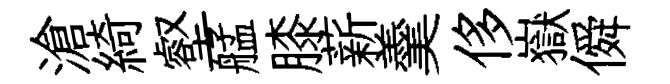
滄綺壑艋膝薪羹侈嶽僢